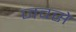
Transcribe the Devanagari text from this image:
जवसे